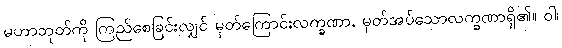
မဟာဘုတ်ကို ကြည်စေခြင်းလျှင် မှတ်ကြောင်းလက္ခဏာ, မှတ်အပ်သောလက္ခဏာရှိ၏။ ဝါ၊